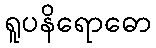
ရူပနိရောဓော